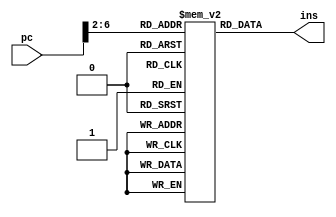
module _ins_mem(pc,ins);
   input [31:0]pc;
	output [31:0]ins;
	
	parameter INS_MEM_SIZE=32;
	
	reg [31:0]mem[INS_MEM_SIZE-1:0];
	
	assign ins=mem[pc[31:2]];


endmodule